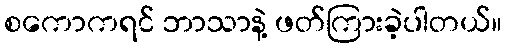
စကောကရင် ဘာသာနဲ့ ဖတ်ကြားခဲ့ပါတယ်။